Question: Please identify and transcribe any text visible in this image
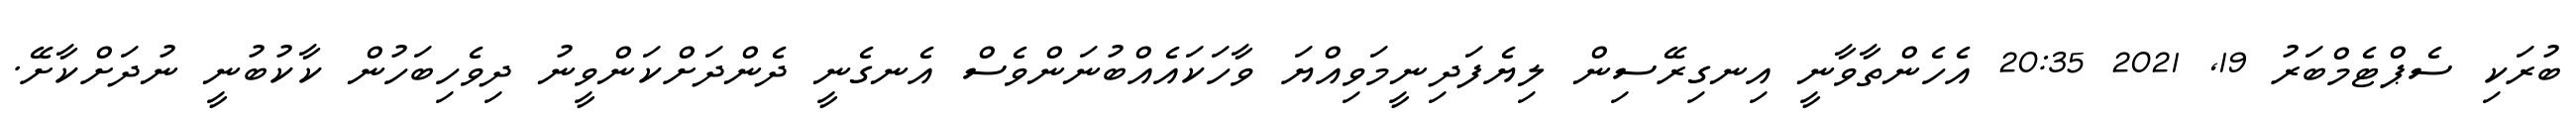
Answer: ބުރަކި ސެޕްޓެމްބަރު 19, 2021 20:35 އެހެންތާވާނީ އިނގިރޭސިން ލިޔެފަދިނީމަވިއްޔަ ވާހަކައެއްބުނަންވެސް އެނގެނީ ދެންދަށްކަންވީނު ދިވެހިބަހުން ކާކުބުނީ ނުދަށްކާށޭ.